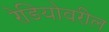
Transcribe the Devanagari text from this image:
रेडियोवरील